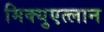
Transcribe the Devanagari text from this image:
मिक्युएत्लान